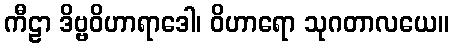
ကီဠာ ဒိဗ္ဗဝိဟာရာဒေါ၊ ဝိဟာရော သုဂတာလယေ။